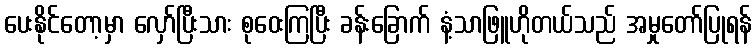
ပေးနိုင်တော့မှာ လှော်ပြီးသား စုဝေးကြပြီး ခန်းခြောက် နံ့သာဖြူဟိုတယ်သည် အမှုတော်ပြုရန်